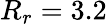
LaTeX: R_{r}=3.2